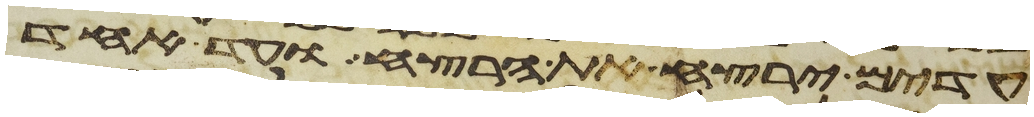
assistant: עדים ירצח את הרצח ועד אחד